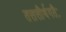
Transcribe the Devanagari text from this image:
तत्तत्तीर्थगतैः